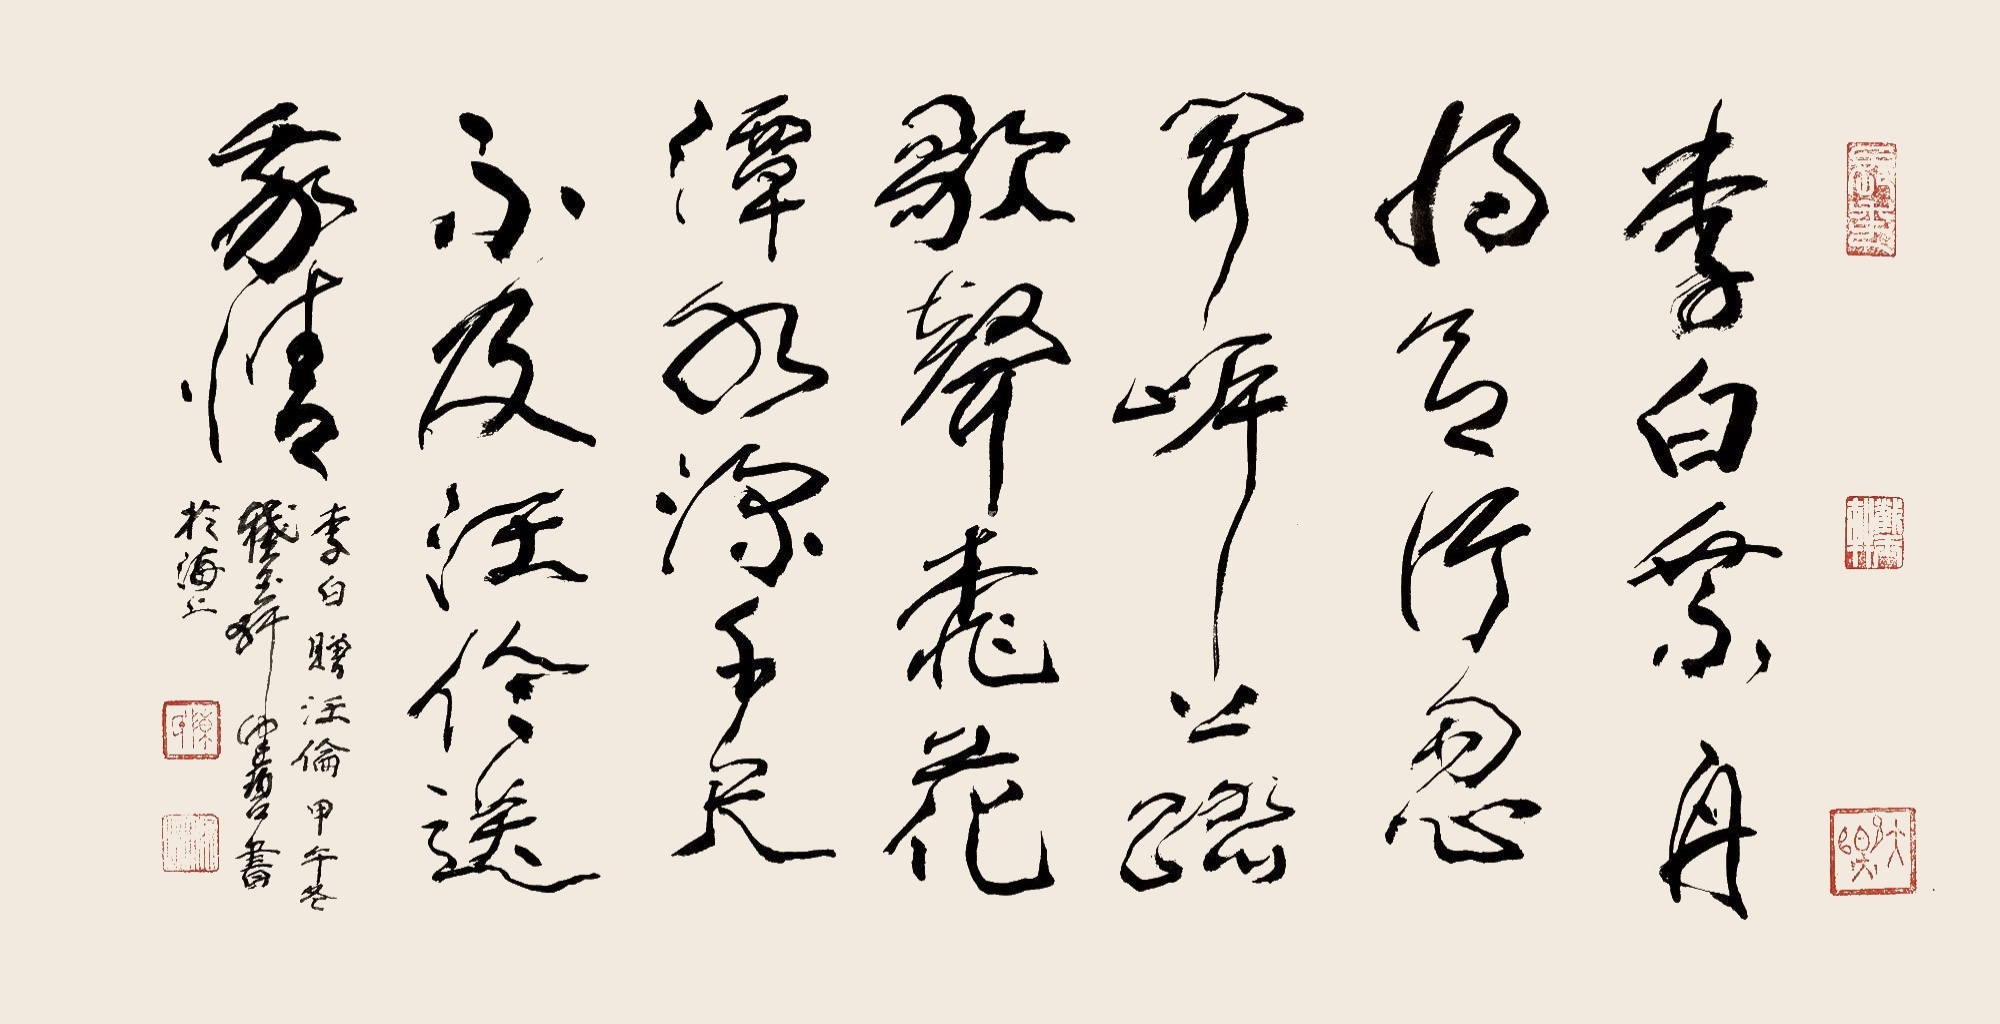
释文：李白乘舟将欲行，忽闻岸上踏歌声。桃花潭水深千尺，不及汪伦送我情。李白《赠汪伦》，甲午冬截玉轩健碧书于海上。